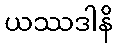
ယဿဒါနိ